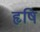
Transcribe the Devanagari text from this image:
हृषि